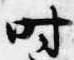
時